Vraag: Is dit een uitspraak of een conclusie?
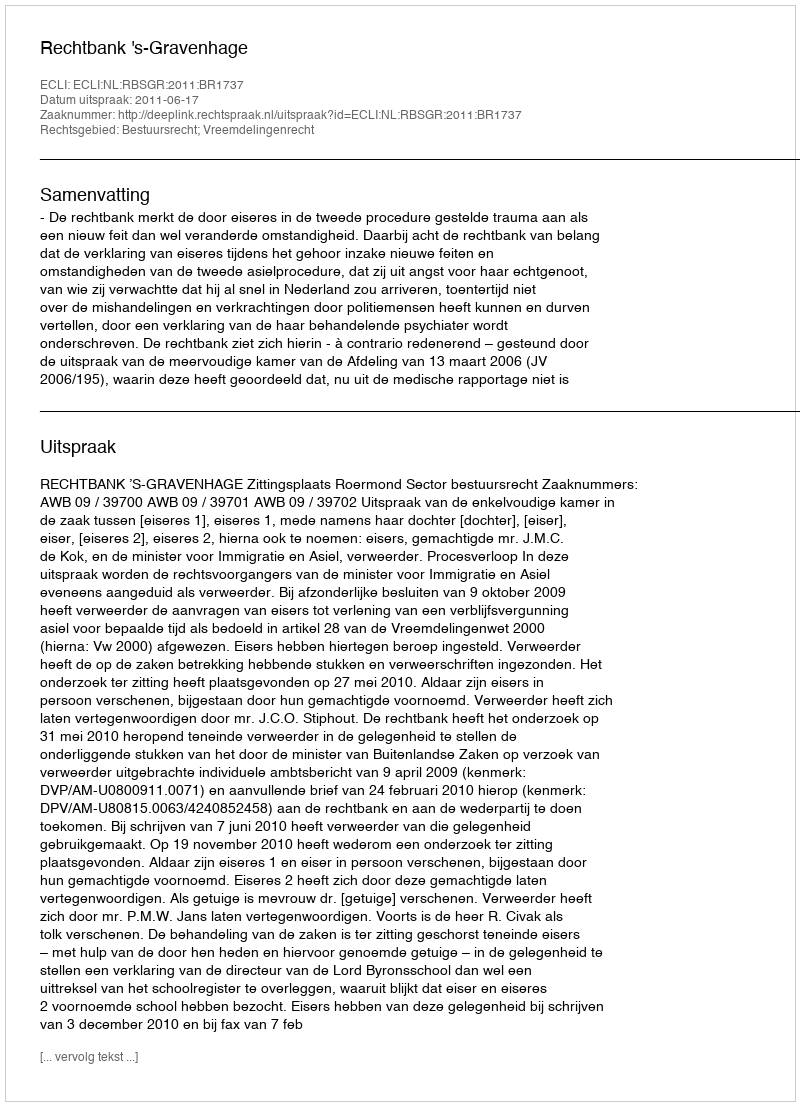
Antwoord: Uitspraak